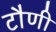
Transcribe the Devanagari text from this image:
टौणी